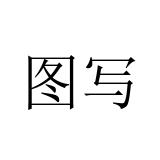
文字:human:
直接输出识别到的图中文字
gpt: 图写